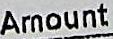
AMOUNT